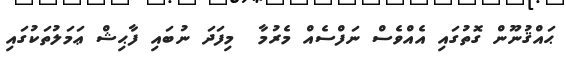
ޙައްޤުނޫން ގޮތުގައި އެއްވެސް ނަފްސެއް މެރުމާ  މިފަދަ ނުބައި ފާޙިޝް ޢަމަލުތަކުގައި